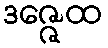
ဒဇ္ဇေထ